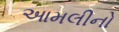
આમલીનો